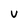
Character: V